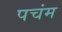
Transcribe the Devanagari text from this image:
पचंम